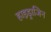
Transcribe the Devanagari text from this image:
हाइड्राजिन